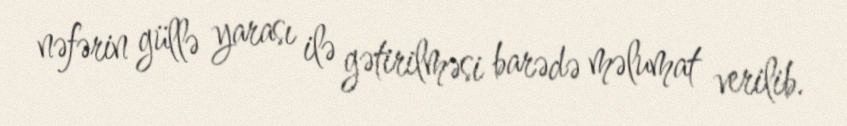
nəfərin güllə yarası ilə gətirilməsi barədə məlumat verilib.